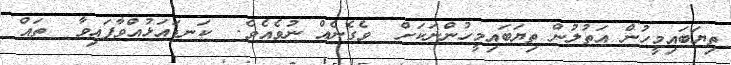
ތިޔަބައިމީހުން އަތުލުން ތިޔަބައިމީހުންނަކަށް  ވެގެނެއް ނުވެއެވެ.  ކަނޑައަޅުއްވާފައިވާ  ތައް